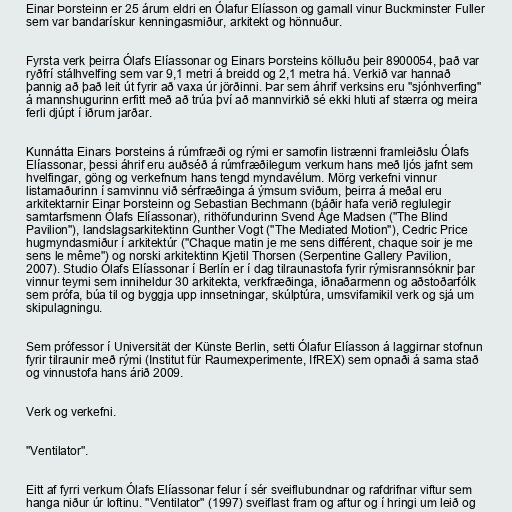
Einar Þorsteinn er 25 árum eldri en Ólafur Elíasson og gamall vinur Buckminster Fuller
sem var bandarískur kenningasmiður, arkitekt og hönnuður.

Fyrsta verk þeirra Ólafs Elíassonar og Einars Þorsteins kölluðu þeir 8900054, það var
ryðfrí stálhvelfing sem var 9,1 metri á breidd og 2,1 metra há. Verkið var hannað
þannig að það leit út fyrir að vaxa úr jörðinni. Þar sem áhrif verksins eru "sjónhverfing"
á mannshugurinn erfitt með að trúa því að mannvirkið sé ekki hluti af stærra og meira
ferli djúpt í iðrum jarðar.

Kunnátta Einars Þorsteins á rúmfræði og rými er samofin listrænni framleiðslu Ólafs
Elíassonar, þessi áhrif eru auðséð á rúmfræðilegum verkum hans með ljós jafnt sem
hvelfingar, göng og verkefnum hans tengd myndavélum. Mörg verkefni vinnur
listamaðurinn í samvinnu við sérfræðinga á ýmsum sviðum, þeirra á meðal eru
arkitektarnir Einar Þorsteinn og Sebastian Bechmann (báðir hafa verið reglulegir
samtarfsmenn Ólafs Elíassonar), rithöfundurinn Svend Åge Madsen ("The Blind
Pavilion"), landslagsarkitektinn Gunther Vogt ("The Mediated Motion"), Cedric Price
hugmyndasmiður í arkitektúr ("Chaque matin je me sens différent, chaque soir je me
sens le même") og norski arkitektinn Kjetil Thorsen (Serpentine Gallery Pavilion,
2007). Studio Ólafs Elíassonar í Berlín er í dag tilraunastofa fyrir rýmisrannsóknir þar
vinnur teymi sem inniheldur 30 arkitekta, verkfræðinga, iðnaðarmenn og aðstoðarfólk
sem prófa, búa til og byggja upp innsetningar, skúlptúra, umsvifamikil verk og sjá um
skipulagningu.

Sem prófessor í Universität der Künste Berlin, setti Ólafur Elíasson á laggirnar stofnun
fyrir tilraunir með rými (Institut für Raumexperimente, IfREX) sem opnaði á sama stað
og vinnustofa hans árið 2009.

Verk og verkefni.

"Ventilator".

Eitt af fyrri verkum Ólafs Elíassonar felur í sér sveiflubundnar og rafdrifnar viftur sem
hanga niður úr loftinu. "Ventilator" (1997) sveiflast fram og aftur og í hringi um leið og